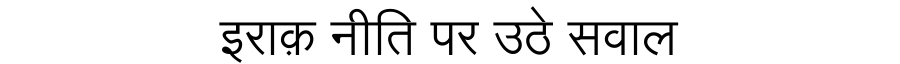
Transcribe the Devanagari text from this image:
इराक़ नीति पर उठे सवाल